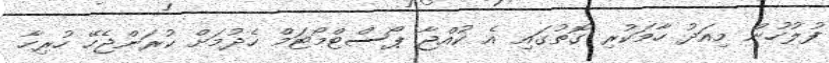
ފުލުހުން މިއަދު ހާމަކުރި ގޮތުގައި އެ ކުއްޖާ ޕޯސްޓްމޯޓަމް ހެދުމަށް ކުރަންޖެހޭ ހުރިހާ